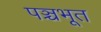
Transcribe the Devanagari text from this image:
पञ्चभूत